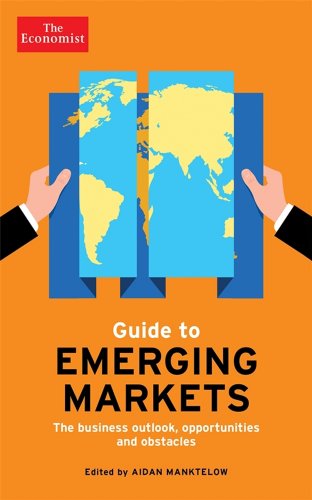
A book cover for The Economist Guide to Emerging Markets: Lessons for Business Success and the Outlook for Different Markets (Economist Books); Aidan Manktelow; Business & Money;